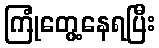
ကြုံတွေ့နေရပြီး